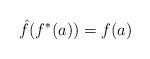
LaTeX: \begin{align*} \hat{f}(f^{\ast}(a)) = f(a)\end{align*}